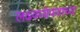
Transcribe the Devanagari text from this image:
लढवय्येपणाच्या